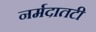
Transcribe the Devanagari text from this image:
नर्मदातटी